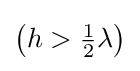
\left(h>{\tfrac {1}{2}}\lambda \right)